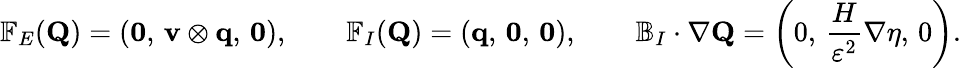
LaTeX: \mathbb{F}_{E}(\mathbf{Q})=\left(\mathbf{0},\, \mathbf{v}\otimes\mathbf{q},\, \mathbf{0}\right),\qquad\mathbb{F}_{I}(\mathbf{Q})=\left(\mathbf{q},\, \mathbf{0},\, \mathbf{0}\right),\qquad\mathbb{B}_{I}\cdot\nabla\mathbf{Q}=\left(0,\, \frac{H}{\varepsilon^{2}}\nabla\eta,\, 0\right).